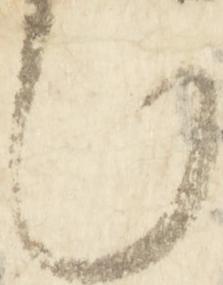
也